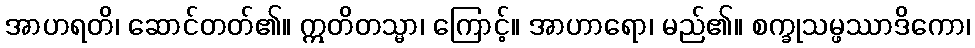
အာဟရတိ၊ ဆောင်တတ်၏။ ဣတိတသ္မာ၊ ကြောင့်။ အာဟာရော၊ မည်၏။ စက္ခုသမ္ဖဿာဒိကော၊